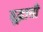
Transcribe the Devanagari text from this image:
बूद्धाची